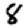
Digit: 8